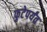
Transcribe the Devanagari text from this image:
फुटेपर्यंत